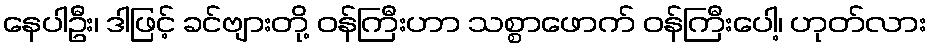
နေပါဦး၊ ဒါဖြင့် ခင်ဗျားတို့ ဝန်ကြီးဟာ သစ္စာဖောက် ဝန်ကြီးပေါ့၊ ဟုတ်လား